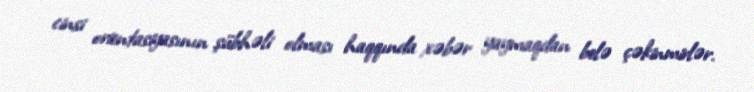
cinsi orientasiyasının şübhəli olması haqqında xəbər yaymaqdan belə çəkinmirlər.